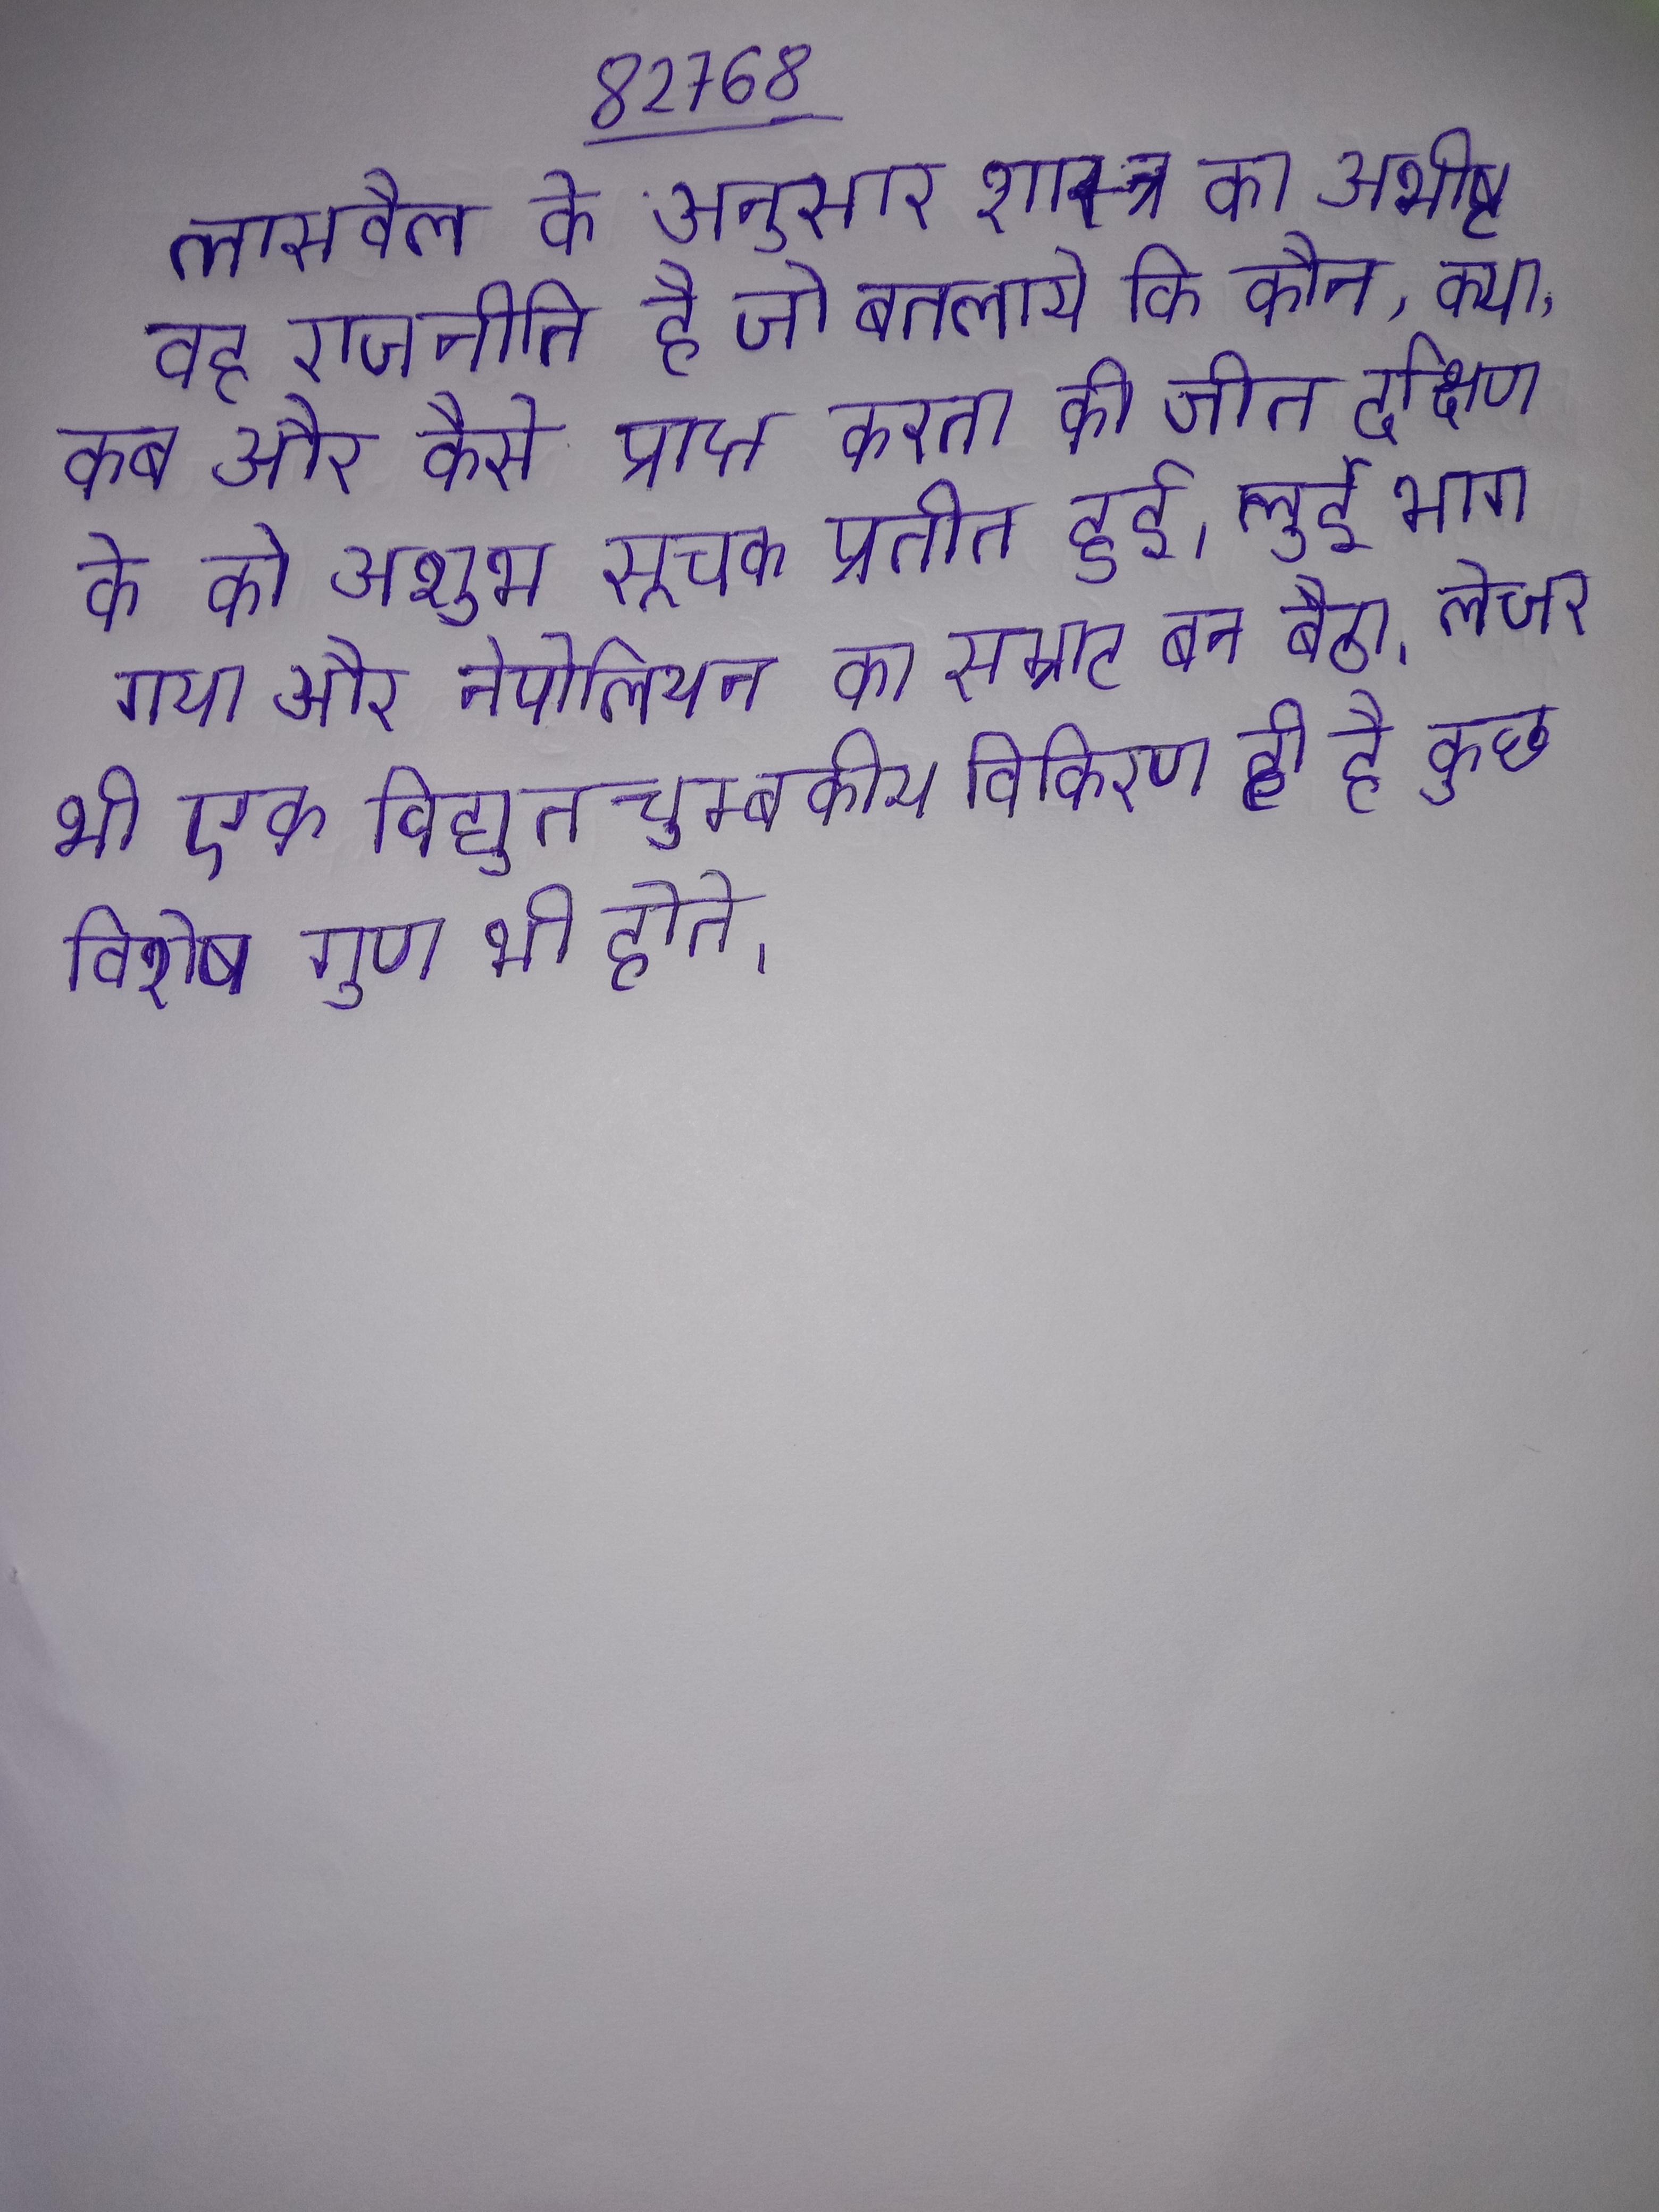
लासवैल के अनुसार शास्त्र का अभीष्ट वह राजनीति है जो बतलाये कि कौन, क्या, कब और कैसे प्राप्त करता की जीत दक्षिण के को अशुभ सूचक प्रतीत हुई । लुई भाग गया और नेपोलियन का सम्राट बन बैठा । लेजर भी एक विद्युतचुम्बकीय विकिरण ही है कुछ विशेष गुण भी होते ।